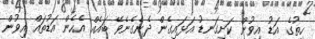
ހިތުގެ އަޑު އިވުން ކަށިގަނޑު އަޅައިގެން ދެނެގެނެވޭ ބައެއް އެހެން އަޑުތައް އިވުން